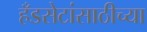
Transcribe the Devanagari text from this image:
हँडसेटांसाठीच्या